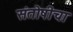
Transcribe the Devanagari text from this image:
संतोषीचा